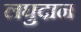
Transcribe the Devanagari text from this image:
लघुदान